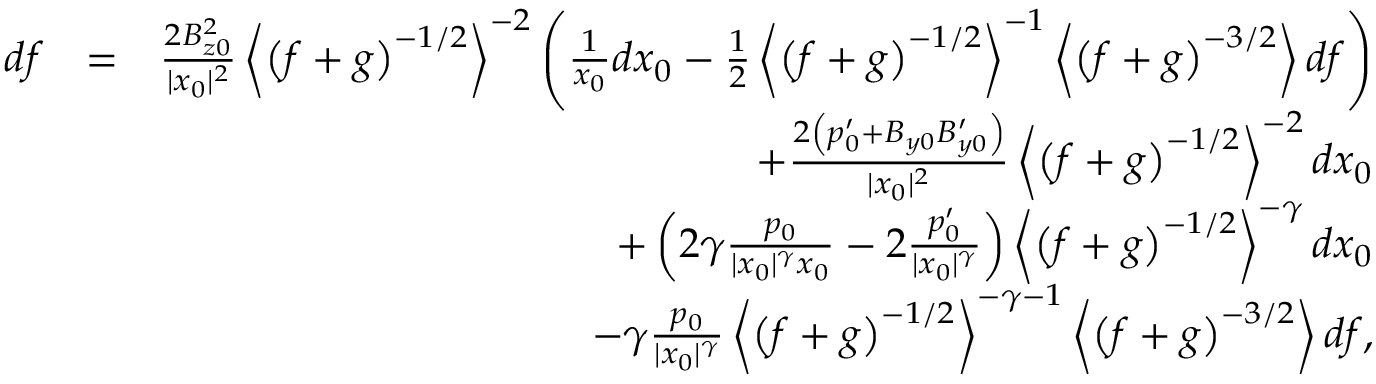
\begin{array} { r l r } { d f } & { = } & { \frac { 2 B _ { z 0 } ^ { 2 } } { | x _ { 0 } | ^ { 2 } } \left\langle \left( f + g \right) ^ { - 1 / 2 } \right\rangle ^ { - 2 } \left( \frac { 1 } { x _ { 0 } } d x _ { 0 } - \frac { 1 } { 2 } \left\langle \left( f + g \right) ^ { - 1 / 2 } \right\rangle ^ { - 1 } \left\langle \left( f + g \right) ^ { - 3 / 2 } \right\rangle d f \right) } \\ & { } & { + \frac { 2 \left( p _ { 0 } ^ { \prime } + B _ { y 0 } B _ { y 0 } ^ { \prime } \right) } { | x _ { 0 } | ^ { 2 } } \left\langle \left( f + g \right) ^ { - 1 / 2 } \right\rangle ^ { - 2 } d x _ { 0 } } \\ & { } & { + \left( 2 \gamma \frac { p _ { 0 } } { | x _ { 0 } | ^ { \gamma } x _ { 0 } } - 2 \frac { p _ { 0 } ^ { \prime } } { | x _ { 0 } | ^ { \gamma } } \right) \left\langle \left( f + g \right) ^ { - 1 / 2 } \right\rangle ^ { - \gamma } d x _ { 0 } } \\ & { } & { - \gamma \frac { p _ { 0 } } { | x _ { 0 } | ^ { \gamma } } \left\langle \left( f + g \right) ^ { - 1 / 2 } \right\rangle ^ { - \gamma - 1 } \left\langle \left( f + g \right) ^ { - 3 / 2 } \right\rangle d f , } \end{array}